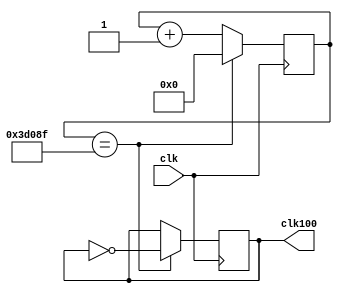
module fenpin(clk,clk100);  
input clk;
output clk100;
reg clk100;
reg[24:0] counter;
parameter N=50_000_0;

always@(posedge clk)
    begin
        counter<=counter+1'b1;
        if(counter==N/2-1)
           begin
             clk100<=~clk100;
             counter<=0;
           end
    end
endmodule